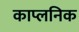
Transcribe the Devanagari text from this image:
काप्लनिक